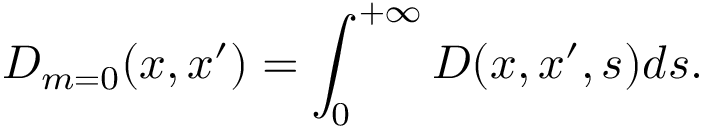
D _ { m = 0 } ( x , x ^ { \prime } ) = \int _ { 0 } ^ { + \infty } D ( x , x ^ { \prime } , s ) d s .